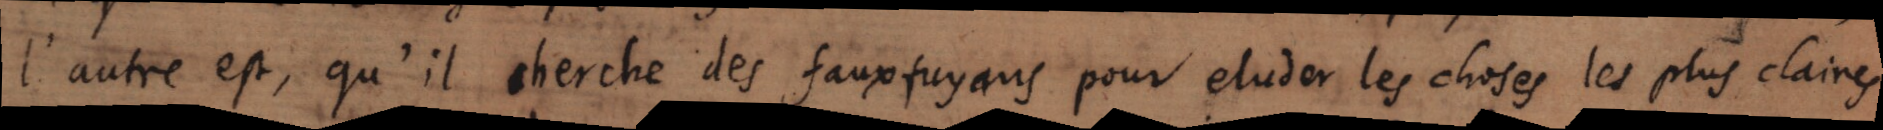
l’autre est, qu’il cherche des fauxfuyans pour eluder les choses les plus claires